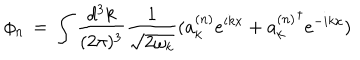
LaTeX: \phi _ { n } \, = \, \int \frac { d ^ { 3 } k } { ( 2 \pi ) ^ { 3 } } \frac { 1 } { \sqrt { 2 \omega _ { k } } } ( a _ { k } ^ { ( n ) } e ^ { i k x } + { a _ { k } ^ { ( n ) } } ^ { \dagger } e ^ { - i k x } )